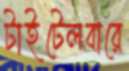
টাইটেলবারে